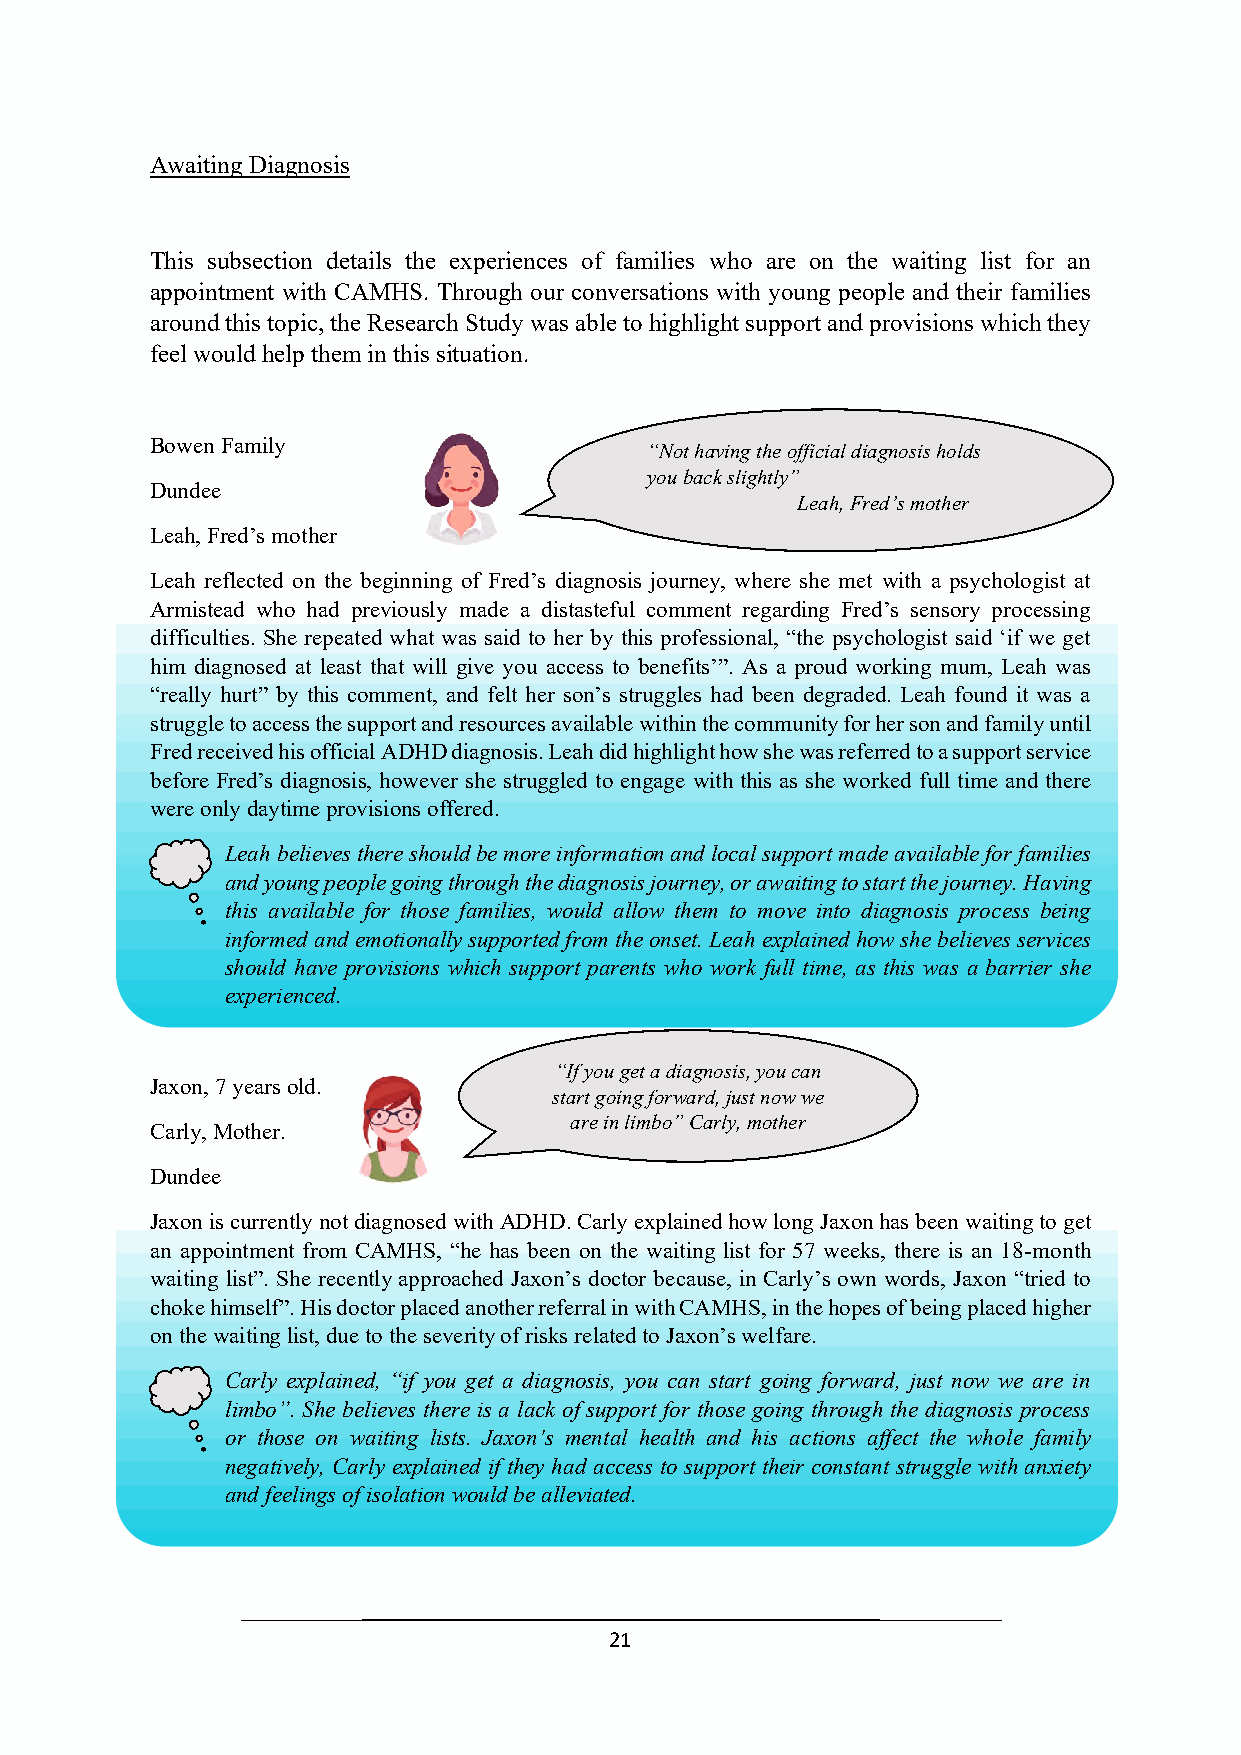
Awaiting Diagnosis
 This subsection details the experiences of families who are on the waiting list for an
 appointment with CAMHS. Through our conversations with young people and their families
 around this topic, the Research Study was able to highlight support and provisions which they
 feel would help them in this situation.
 Bowen Family
 “Not having the official diagnosis holds
 you back slightly”
 Dundee
 Leah, Fred’s mother
 Leah, Fred’s mother
 Leah reflected on the beginning of Fred’s diagnosis journey, where she met with a psychologist at
 Armistead who had previously made a distasteful comment regarding Fred’s sensory processing
 difficulties. She repeated what was said to her by this“ Nporot fheasvsiinogn tahle, o“ftfhiec iapls dyicahgonolosgisi shto lsdasi d ‘if we get
 him diagnosed at least that will give you access to byeonue fbiatsc’k” s. liAghs tlay ”p roud w orking mum, Leah was
 “really hurt” by this comment, and felt her son’s stru ggles ha d been Ldeeaghr,a Fdreedd.’ sL meoathh efro und it was a
 struggle to access the support and resources available within the community for her son and family until
 Fred received his official ADHD diagnosis. Leah did highlight how she was referred to a support service
 before Fred’s diagnosis, however she struggled to engage with this as she worked full time and there
 were only daytime provisions offered.
 Leah believes there should be more information and local support made available for families
 and young people going through the diagnosis journey, or awaiting to start the journey. Having
 this available for those families, would allow them to move into diagnosis process being
 informed and emotionally supported from the onset. Leah explained how she believes services
 should have provisions which support parents who work full time, as this was a barrier she
 experienced.
 “If you get a diagnosis, you can
 Jaxon, 7 years old.
 start going forward, just now we
 are in limbo” Carly, mother
 Carly, Mother.
 Dundee
 “If you get a diagnosis, you
 Jaxon is currently not diagnosed with ADHD. Carly explained how long Jaxon has been waiting to get
 can start going forward, just
 an appointment from CAMHS, “he has been on the waiting list for 57 weeks, there is an 18-month
 now we are in limbo” Carly,
 waiting list”. She recently approached Jaxon’s doctor because, in Carly’s own words, Jaxon “tried to
 mother
 choke himself”. His doctor placed another referral in with CAMHS, in the hopes of being placed higher
 on the waiting list, due to the severity of risks related to Jaxon’s welfare.
 Carly explained, “if you get a diagnosis, you can start going forward, just now we are in
 limbo”. She believes there is a lack of support for those going through the diagnosis process
 or those on waiting lists. Jaxon’s mental health and his actions affect the whole family
 negatively, Carly explained if they had access to support their constant struggle with anxiety
 and feelings of isolation would be alleviated.
 21